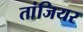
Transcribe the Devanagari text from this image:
तांजियर